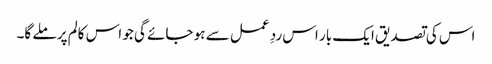
اس کی تصدیق ایک بار اس ردِ عمل سے ہو جائے گی جو اس کالم پر ملے گا۔